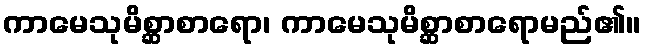
ကာမေသုမိစ္ဆာစာရော၊ ကာမေသုမိစ္ဆာစာရောမည်၏။